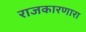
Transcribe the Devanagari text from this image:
राजकारणारा